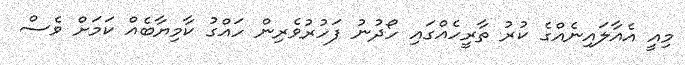
މިއީ އެއާލައިނެއްގެ ކުރު ތާރީހެއްގައި ހޯދުނު ފަހުރުވެރިން ހައްގު ކާމިޔާބެއް ކަމަށް ވެސް